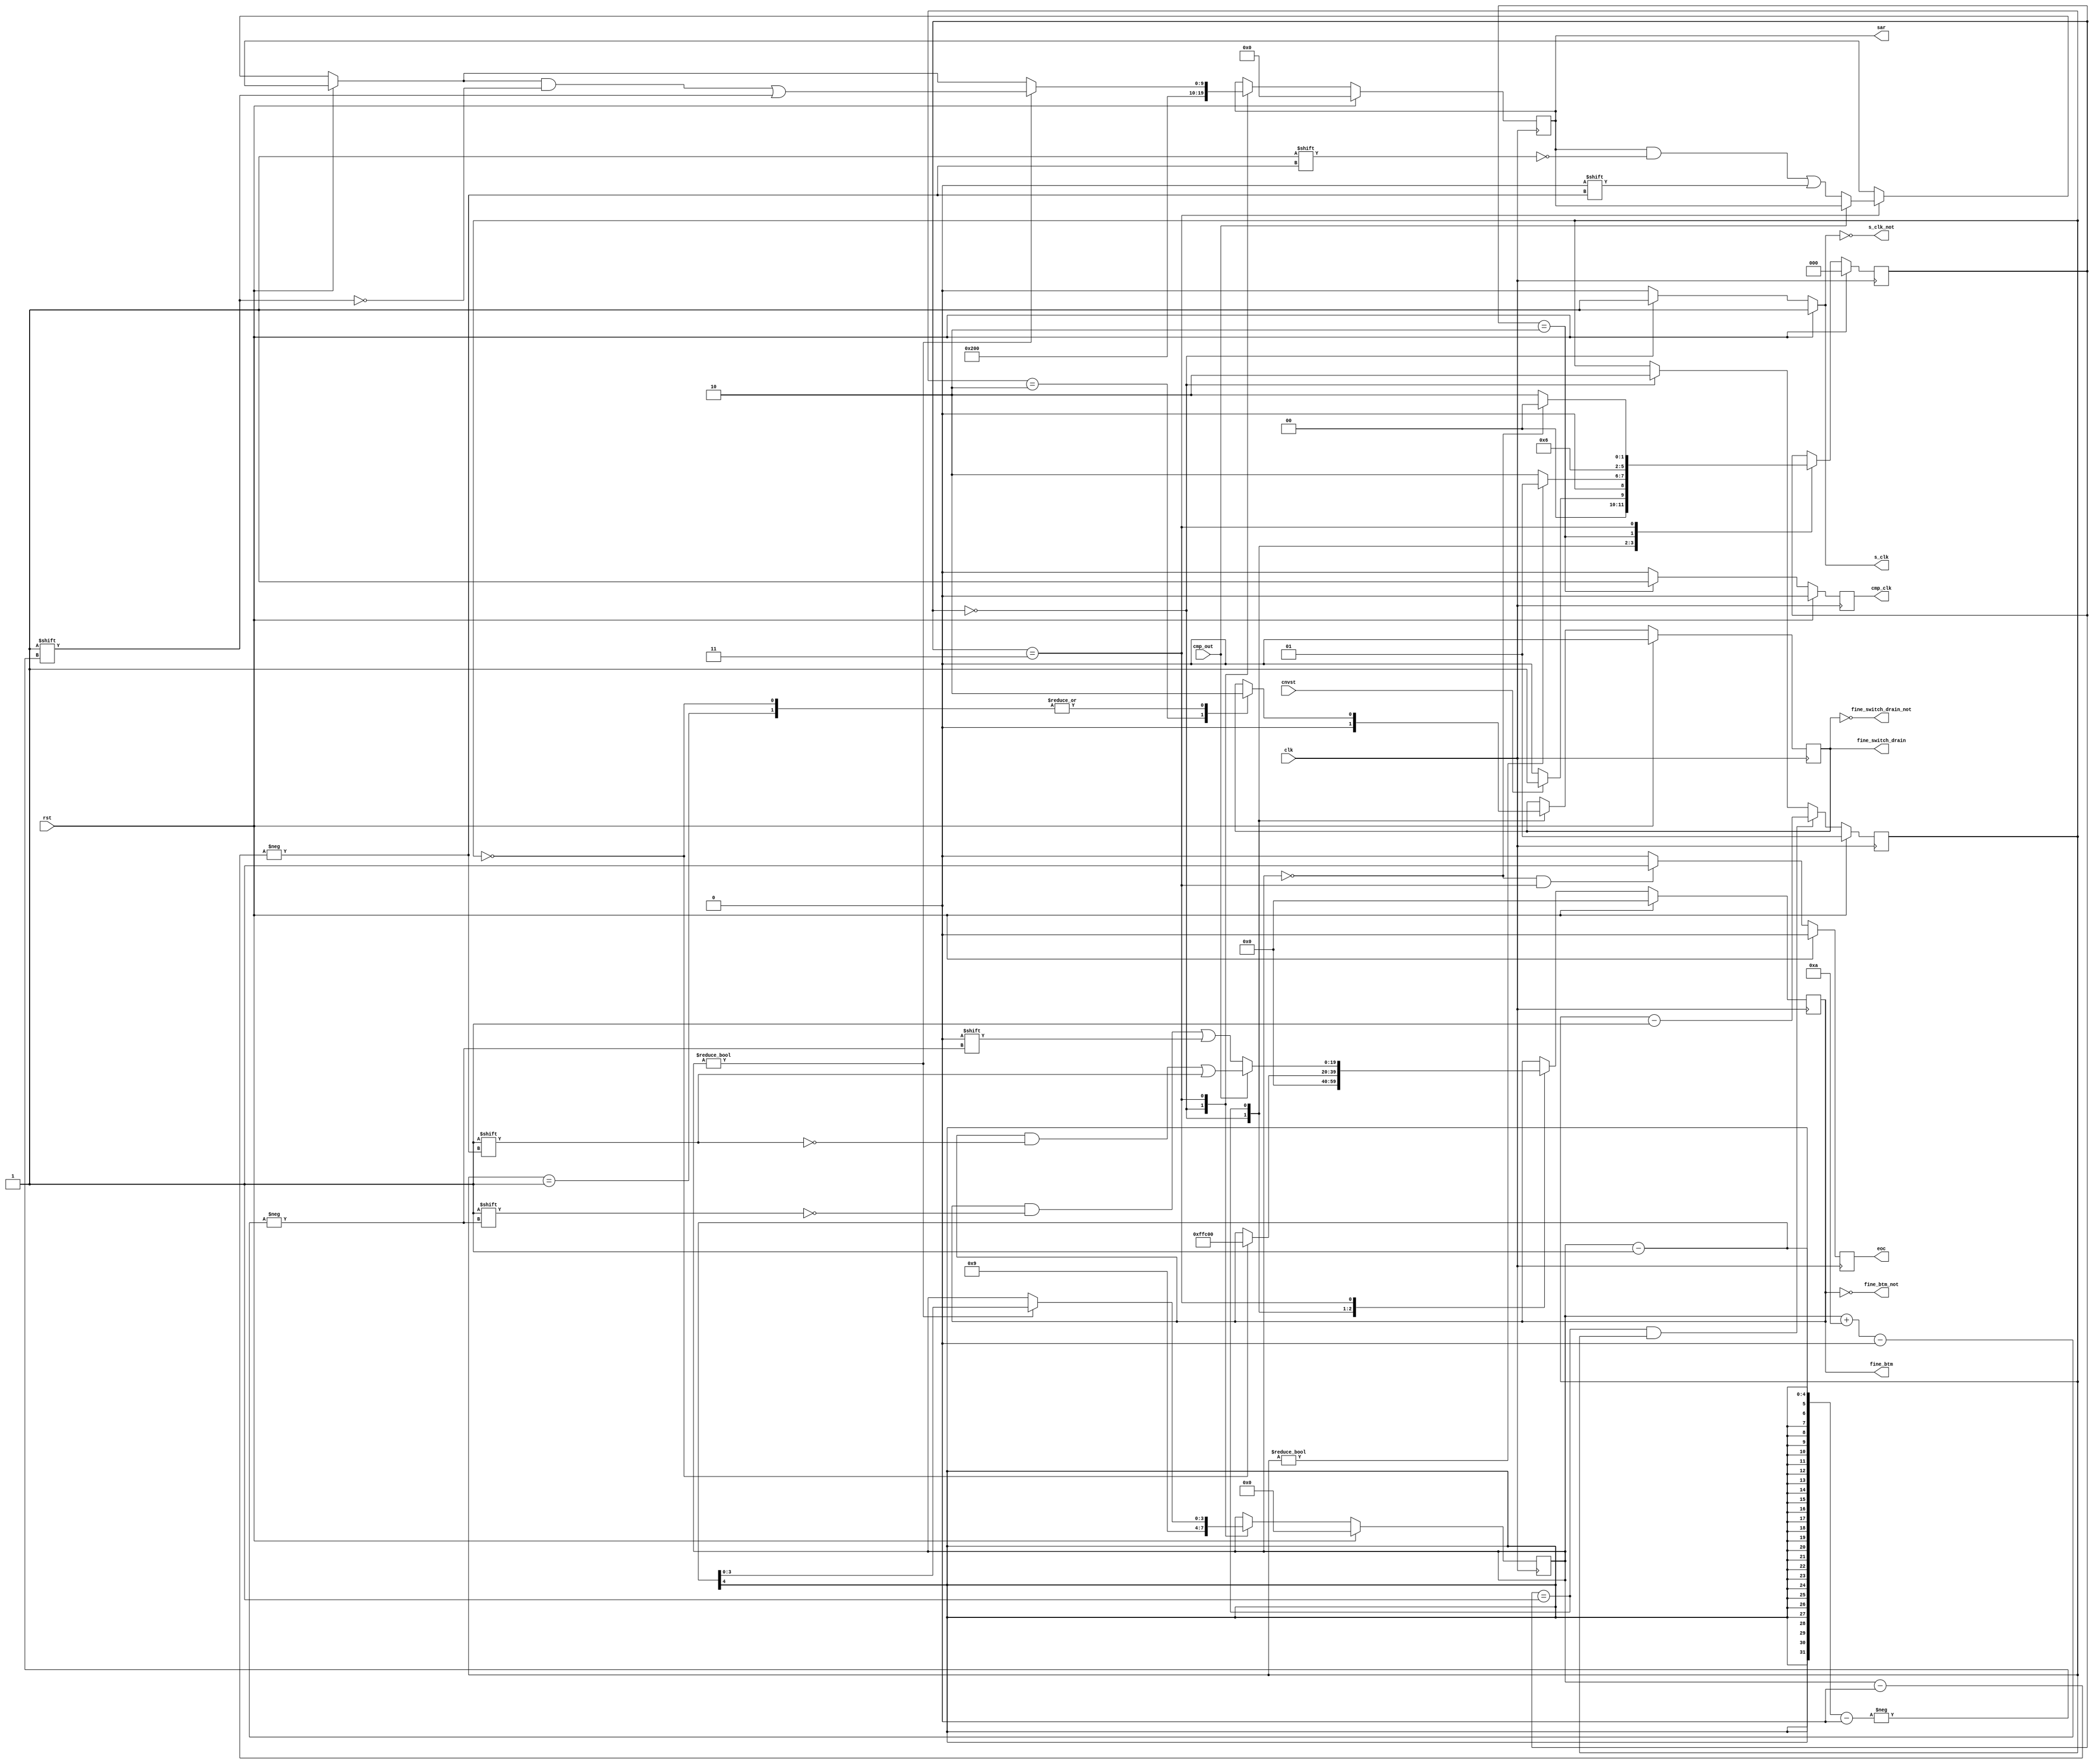
module sar_logic_CS(
	input clk,
	input rst,
	input cnvst,
	input cmp_out,
	output reg [9:0] sar, // digital output
	output reg eoc, // end of conversion
	output reg cmp_clk, // comparator clock

	output reg s_clk, // bootstrap switch clock
	output reg [19:0] fine_btm,
	output reg fine_switch_drain,

	//INVERTED OUTPUTS
	output s_clk_not,
	output [19:0] fine_btm_not,
	output fine_switch_drain_not
	);
	
	// 256 128 64 32 16 8  4  2  1  1  256 128 64 32 16 8 4 2 1 1
	//  19  18 17 16 15 14 13 12 11 10   9   8  7  6  5 4 3 2 1 0 
	parameter S_wait		= 3'd0;
	parameter S_drain 	= 3'd1;
	parameter S_comprst	= 3'd2;
	parameter S_decide	= 3'd3;

	assign s_clk_not = ~s_clk;
	assign fine_btm_not = ~fine_btm;
	assign fine_switch_drain_not = ~fine_switch_drain;

	reg [2:0] state;
	reg [1:0] drain;
	reg [3:0] b;

	reg fine_up; // 1 if SCA2 has upper bound voltage

	always @(posedge clk) begin //state transitions
		if (rst) 
			state <= S_wait;
		else
			case(state)
				S_wait:
					if(cnvst)
						state <= S_drain;
					else 
						state <= S_wait;
				S_drain:
					if(drain)
						state <= S_drain;
					else
						state <= S_comprst;
				S_comprst:
					state <= S_decide;
				S_decide:
					if(b==0)
						state <= S_wait;
					else
						state <= S_comprst;

			endcase
	end


	always @(posedge clk) begin //eoc
		if (rst) 
			// reset
			eoc <= 0;
		else 
			if (b == 0 && state == S_decide) 
				eoc <= 1;
			else
				eoc <= 0;
	end


	always @(posedge clk) begin //b
		if (rst)
			// reset
			b <= 0;
		else 
			case(state)
				S_wait:
					b <= 4'd9;
				S_decide:
					if(b)
						b <= b - 1;
			endcase
	end

	always @(*) begin //s_clk
		if (rst) 
			// reset
			s_clk <= 1;
		else 
			if (state == S_wait) 
				s_clk <= 1;
			else
				s_clk <= 0;
	end

	always @(posedge clk) begin //cmp_clk
		if (rst) 
			// reset
			cmp_clk <= 0;
		else 
			if (state == S_comprst) 
				cmp_clk <= 1;
			else
				cmp_clk <= 0;
	end


	always @(posedge clk) begin //drain
		if (rst) 
			// reset
			drain <= 1;
		else 
			if (state == S_drain && drain)
				drain <= drain - 1;
			else if (state == S_wait)
				drain <= 2;
	end

	always @(posedge clk) begin //sar
		if (rst) begin
			// reset
			sar <= 0;
		end
		else
			case(state)
				S_wait:
					sar <= 10'b1000000000;
				S_decide: begin
					if(cmp_out == 0)
						sar[b] <= 0;
					if(b)
						sar[b-1] <= 1;
				end
				
			endcase
	end


	always @(posedge clk) begin //DAC_switch_control
		if (rst) begin
			// reset
			fine_btm <= 20'd0;
			fine_switch_drain <= 0;
		end
		else
			case(state)
				S_wait: begin
					fine_btm <= 20'd0;
					fine_switch_drain <= 0;
				end
				S_drain:
					case(drain)
						2'd2:
							fine_switch_drain <= 1;
						2'd1:
							fine_switch_drain <= 0;
						2'd0: begin
							fine_switch_drain <= 0;
							fine_btm <= 20'b11111111110000000000;
							end
						endcase
				S_decide:
					if(cmp_out) begin
						fine_btm[b] <= 1;
					end		

					else begin
						fine_btm[b+10] <= 0;
					end

			endcase
		
	end

endmodule